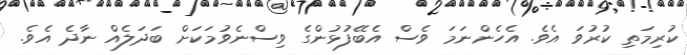
ކުރިމަތި ކުރުވަ އެވެ. އެހެންނަމަ ވެސް އެބޭފުޅުންގެ ވިސްނެވުމަކަށް ބަދަލެއް ނާދެ އެވެ.